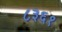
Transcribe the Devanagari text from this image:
८३६१